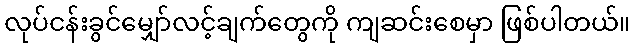
လုပ်ငန်းခွင်မျှော်လင့်ချက်တွေကို ကျဆင်းစေမှာ ဖြစ်ပါတယ်။